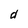
Character: d